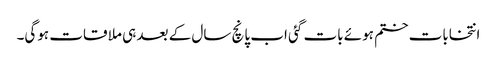
انتخابات ختم ہوئے بات گئی اب پانچ سال کے بعد ہی ملا قات ہوگی۔